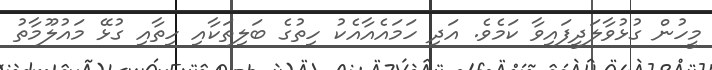
މީހުން ގުޅުވާލަދީފައިވާ ކަމެވެ. އަދި ހަމައެއާއެކު ހިތުގެ ބަލިތަކާއި ހިތާއި ގުޅޭ މައުލޫމާތު